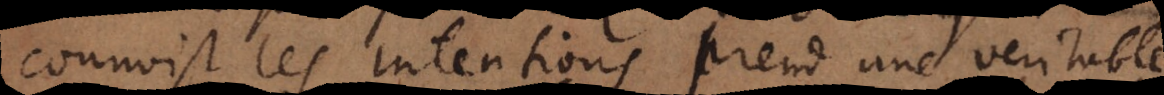
connoist les intentions prend une veritable